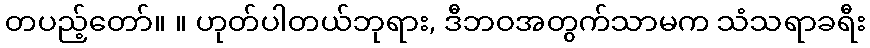
တပည့်တော်။ ။ ဟုတ်ပါတယ်ဘုရား, ဒီဘဝအတွက်သာမက သံသရာခရီး